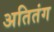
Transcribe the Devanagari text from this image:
अतितंग